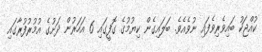
ކުއްޖަކު ބައިވެރިވެފައި ނުވެއެވެ. ބަލައިގެން ކިޔުމުގެ ގޮފީގައި 6 އަހަރުން ދަށުގެ އުމުރުފުރާގައި